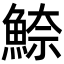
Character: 䱞